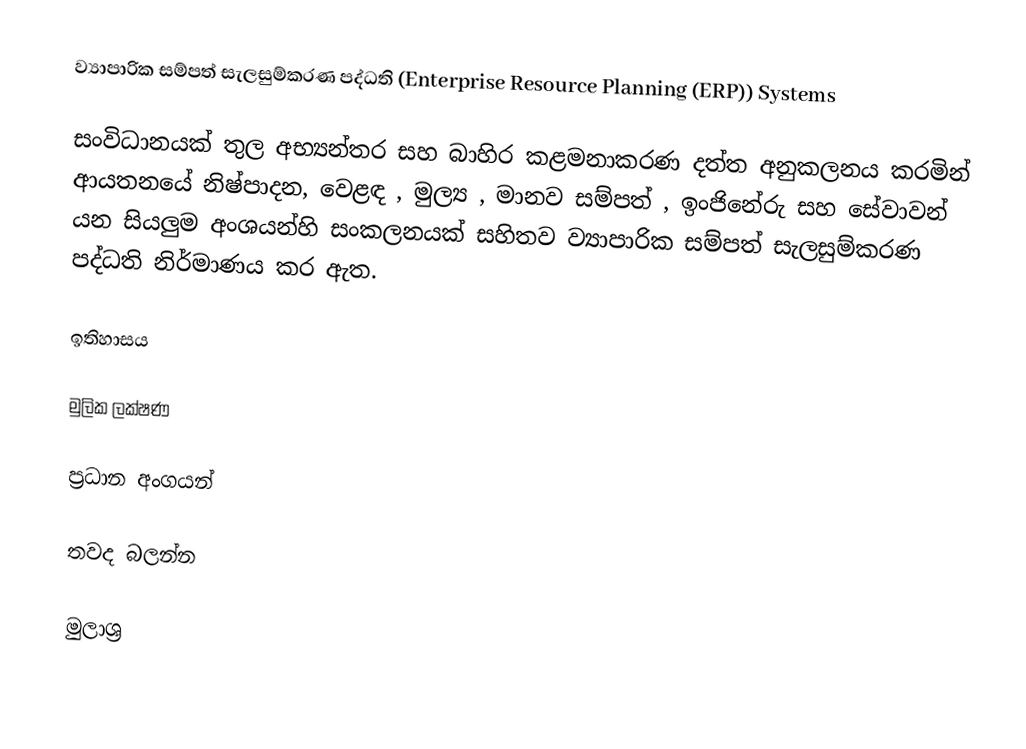
ව්‍යාපාරික සම්පත් සැලසුම්කරණ පද්ධති (Enterprise Resource Planning (ERP)) Systems

සංවිධානයක් තුල අභ්‍යන්තර සහ බාහිර කළමනාකරණ දත්ත අනුකලනය කරමින් ආයතනයේ නිෂ්පාදන, වෙළඳ , මුල්‍ය , මානව සම්පත් , ඉංජිනේරු සහ සේවාවන් යන සියලුම අංශයන්හි සංකලනයක් සහිතව ව්‍යාපාරික සම්පත් සැලසුම්කරණ පද්ධති  නිර්මාණය කර ඇත.

ඉතිහාසය

මුලික ලක්ෂණ

ප්‍රධාන අංගයන්

තවද බලන්න

මුලාශ්‍ර